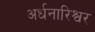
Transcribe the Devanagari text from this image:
अर्धनारिश्वर